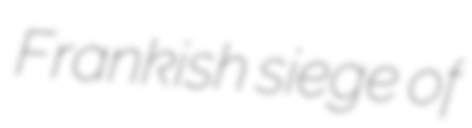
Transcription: Frankish siege of